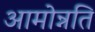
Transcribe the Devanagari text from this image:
आमोन्नति